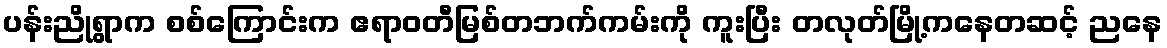
ပန်းညိုရွာက စစ်ကြောင်းက ဧရာဝတီမြစ်တဘက်ကမ်းကို ကူးပြီး တလုတ်မြို့ကနေတဆင့် ညနေ